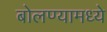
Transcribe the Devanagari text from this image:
बोलण्यामध्ये